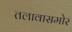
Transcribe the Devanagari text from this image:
तलावासमोर